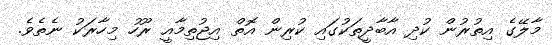
މާލޭގެ އިތުރުން ކުދި އާބާދީތަކުގައި ކުރިން އޮތް އިޖުތިމާއީ ރޫހު މިހާރަކު ނެތެވެ.